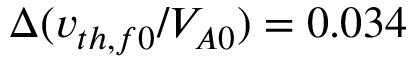
\Delta ( v _ { t h , f 0 } / V _ { A 0 } ) = 0 . 0 3 4